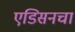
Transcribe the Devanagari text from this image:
एडिसनचा